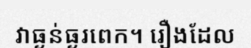
វាធ្ងន់ធ្ងរពេក។ រឿងដែល